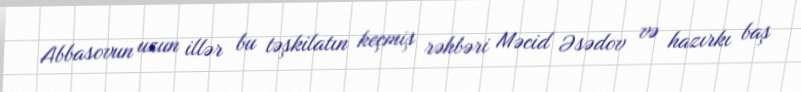
Abbasovun uzun illər bu təşkilatın keçmiş rəhbəri Məcid Əsədov və hazırkı baş